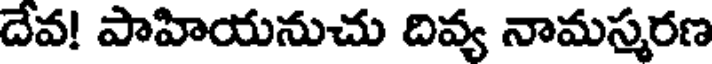
దేవ! పాహియనుచు దివ్య నామస్మరణ